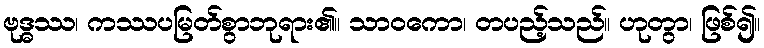
ဗုဒ္ဓဿ၊ ကဿပမြတ်စွာဘုရား၏။ သာဝကော၊ တပည့်သည်။ ဟုတွာ၊ ဖြစ်၍။